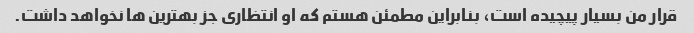
قرار من بسیار پیچیده است، بنابراین مطمئن هستم که او انتظاری جز بهترین ها نخواهد داشت.